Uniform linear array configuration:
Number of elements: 4
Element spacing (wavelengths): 0.5
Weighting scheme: uniform
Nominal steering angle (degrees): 45
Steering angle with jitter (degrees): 44.47
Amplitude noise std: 0.05
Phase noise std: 0.05

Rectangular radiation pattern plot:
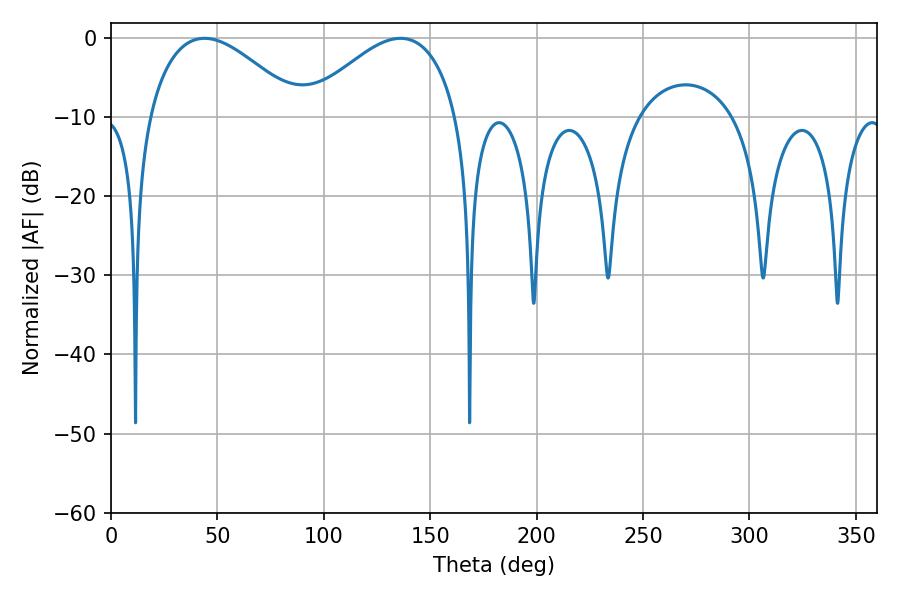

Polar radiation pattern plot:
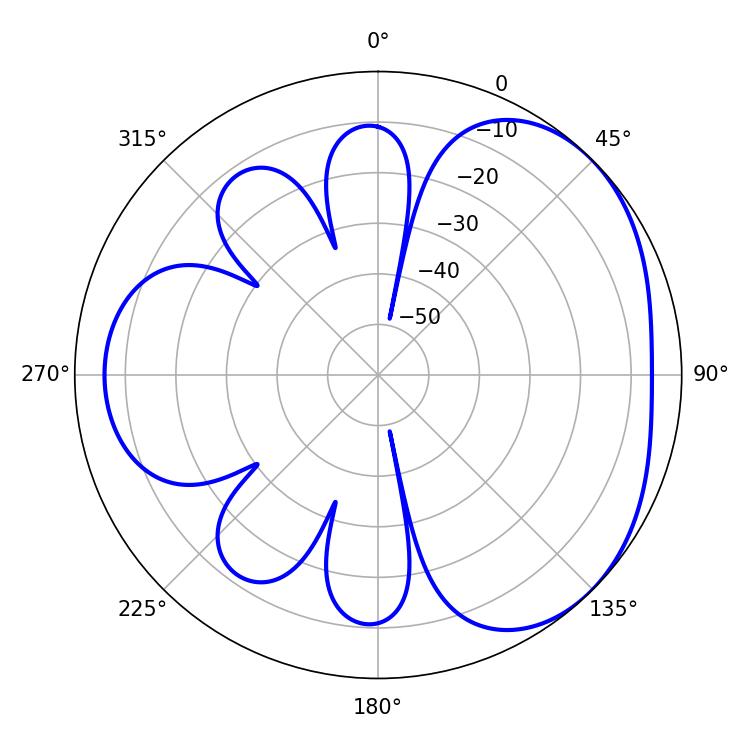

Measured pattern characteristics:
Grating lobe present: FALSE
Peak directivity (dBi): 3.478
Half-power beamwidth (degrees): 39.24
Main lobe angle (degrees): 43.92